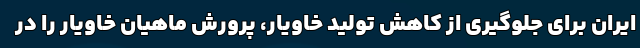
ایران برای جلوگیری از کاهش تولید خاویار، پرورش ماهیان خاویار را در